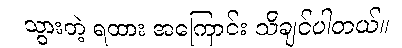
သွားတဲ့ ရထား အကြောင်း သိချင်ပါတယ်။